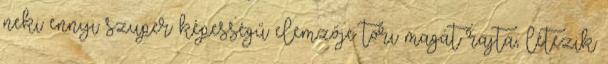
neki ennyi szuper képességű elemzője töri magát rajta, létezik